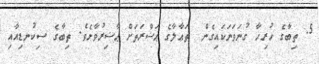
5. ތިބާގެ ހުރިހާ ގުނަވަނަކައިގެން  ތަޢާލާގެ ޙަޟްރަތަށް ޙާޟިރުވާށެވެ. ތިބާގެ ސިކުނޑިއާއި